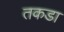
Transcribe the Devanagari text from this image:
तकडा